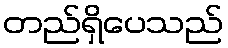
တည်ရှိပေသည်